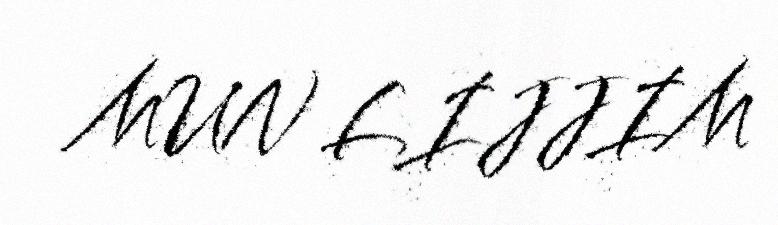
MUN LIJJIM